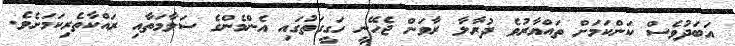
އަބަދުވެސް ކަންކަމަށް ތައްޔާރުވެ ދުރާލާ ރާވަން ޖެހޭނީ ހަގީގަތުގައި އެންމެންގެ ސަލާމަތާއި ރައްކާތެރިކަމަށެވެ.